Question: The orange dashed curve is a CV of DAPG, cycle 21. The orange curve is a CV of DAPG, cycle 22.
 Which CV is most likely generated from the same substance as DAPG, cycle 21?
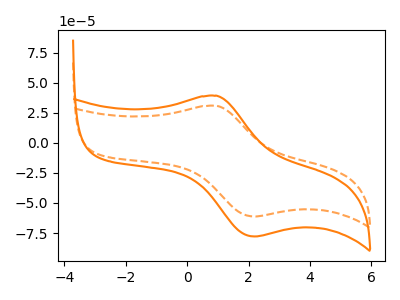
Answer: <think>The orange dashed curve "DAPG, cycle 21" has an anodic peak at (0.95V, 30.80uA) and a cathodic peak at (2.20V, -61.20uA). The orange curve "DAPG, cycle 22" has an anodic peak at (0.95V, 39.15uA) and a cathodic peak at (2.20V, -77.85uA).
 All the peaks in "DAPG, cycle 21" have a peak in "DAPG, cycle 22" at the same potential. Every peak in "DAPG, cycle 21" is lower than every peak in "DAPG, cycle 22".</think>
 <answer>The CV with the most similar shape to "DAPG, cycle 22" is "DAPG, cycle 21".</answer>
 <eval>"DAPG, cycle 21"</eval>